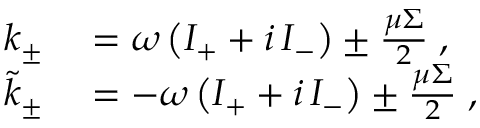
\begin{array} { r l } { k _ { \pm } } & { { } = \omega \left( I _ { + } + i \, I _ { - } \right) \pm \frac { \mu \Sigma } { 2 } \; , } \\ { \tilde { k } _ { \pm } } & { { } = - \omega \left( I _ { + } + i \, I _ { - } \right) \pm \frac { \mu \Sigma } { 2 } \; , } \end{array}